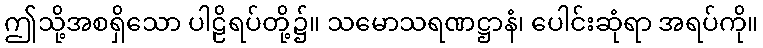
ဤသို့အစရှိသော ပါဠိရပ်တို့၌။ သမောသရဏဋ္ဌာနံ၊ ပေါင်းဆုံရာ အရပ်ကို။